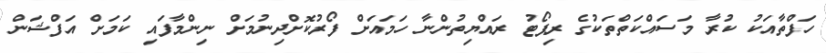
ހަފްތާއަކު ކުރާ މަސައްކަތްތަކުގެ ރިޕޯޓު ރައްޔިތުންނާ ހަމައަށް ފޯރުކޮށްދިނުމަށް ނިންމާފައި ކަމަށް އަފްޝަން